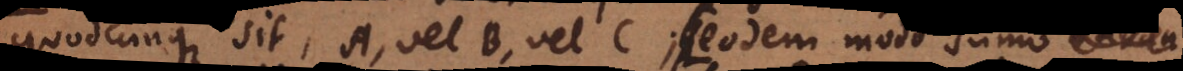
quodcunque sit, A, vel B, vel C; eodem modo sumo li